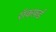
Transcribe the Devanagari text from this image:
रॉकफ़र्ड